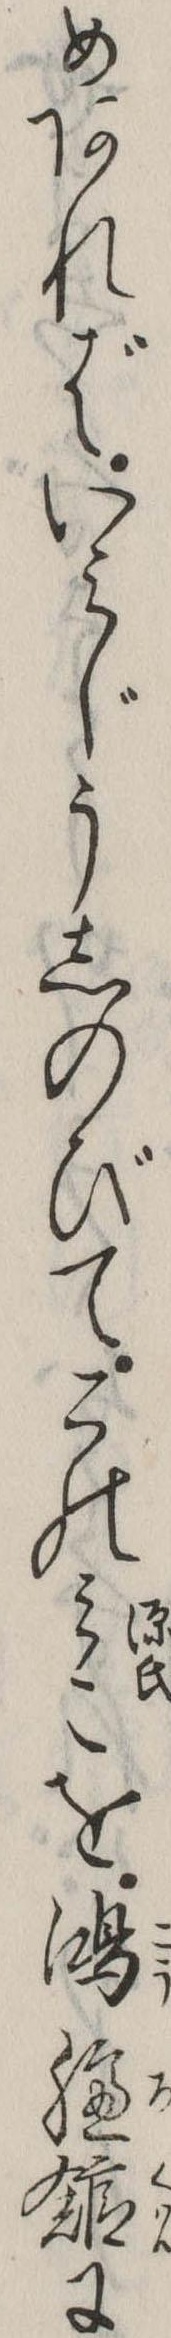
めあればいみじうしのびてこのみこを鴻臚館に